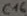
Text: C16